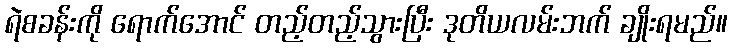
ရဲစခန်းကို ရောက်အောင် တည့်တည့်သွားပြီး ဒုတိယလမ်းဘက် ချိုးရမည်။